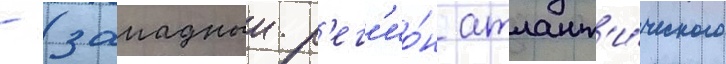
- (западныи р'ег'ио́н атлант'и́ческого